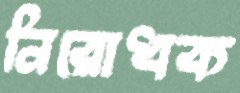
নিরোধক